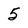
Character: 5